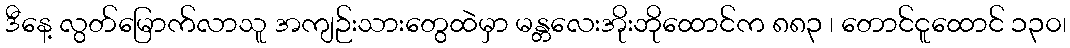
ဒီနေ့ လွတ်မြောက်လာသူ အကျဉ်းသားတွေထဲမှာ မန္တလေးအိုးဘိုထောင်က ၈၈၃ ၊ တောင်ငူထောင် ၁၃၀၊